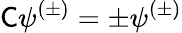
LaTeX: {\mathsf{C}}\psi^{(\pm)}=\pm\psi^{(\pm)}